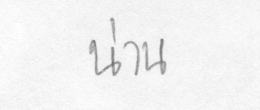
น่าน